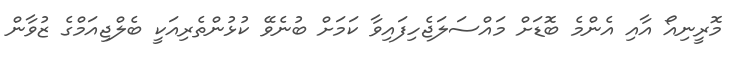
މޮރީނިއޯ އާއި އެންމެ ބޮޑަށް މައްސަލަޖެހިފައިވާ ކަމަށް ބުނެވޭ ކުޅުންތެރިއަކީ ބެލްޖިއަމްގެ ޒުވާން